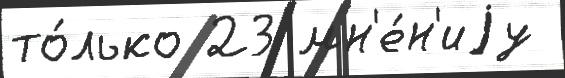
то́лько 23 мн'е́н'иjу